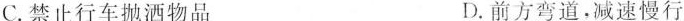
C.禁止行车抛洒物品 D.前方弯道，减速慢行